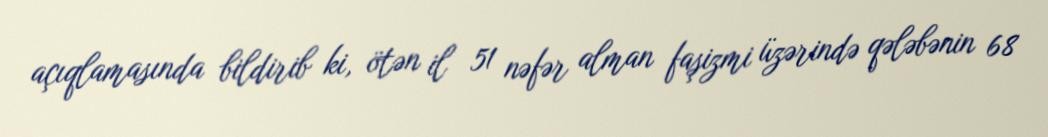
açıqlamasında bildirib ki, ötən il 51 nəfər alman faşizmi üzərində qələbənin 68